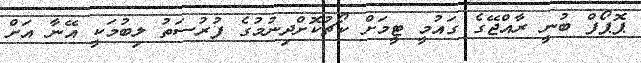
ޕޮޕޯފް ބުނީ ރާއްޖޭގެ ގައުމީ ޓީމަށް ކޯޗުކޮށްދިނުމުގެ ފުރުސަތު ލިބުމަކީ އޭނާ އަށް